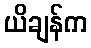
ယိချန်က